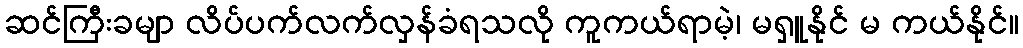
ဆင်ကြီးခမျာ လိပ်ပက်လက်လှန်ခံရသလို ကူကယ်ရာမဲ့၊ မရှူနိုင် မ ကယ်နိုင်။